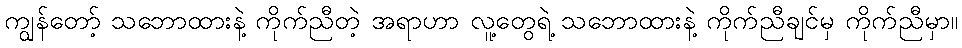
ကျွန်တော့် သဘောထားနဲ့ ကိုက်ညီတဲ့ အရာဟာ လူ့တွေရဲ့ သဘောထားနဲ့ ကိုက်ညီချင်မှ ကိုက်ညီမှာ။